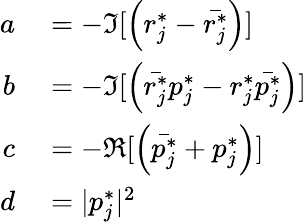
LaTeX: \begin{array}{rl}{a}&{{}=-\Im[\left(r_{j}^{*}-\bar{r_{j}^{*}}\right)]}\\ {b}&{{}=-\Im[\left(\bar{r_{j}^{*}}p_{j}^{*}-r_{j}^{*}\bar{p_{j}^{*}}\right)]}\\ {c}&{{}=-\Re[\left(\bar{p_{j}^{*}}+p_{j}^{*}\right)]}\\ {d}&{{}=|p_{j}^{*}|^{2}}\end{array}